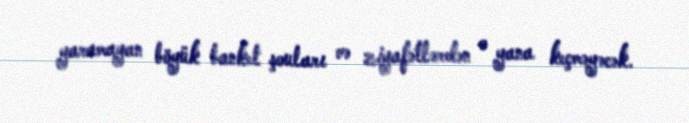
yaramayan böyük banket şouları və ziyafətlərdən o yana keçməyəcək.